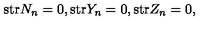
\mathrm { s t r } N _ { n } = 0 , \mathrm { s t r } Y _ { n } = 0 , \mathrm { s t r } Z _ { n } = 0 ,